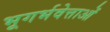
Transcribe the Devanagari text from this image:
भूगर्भवेत्ताओं